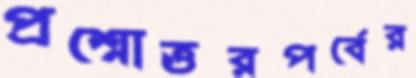
প্রশ্নোত্তরপর্বের